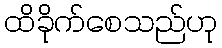
ထိခိုက်စေသည်ဟု